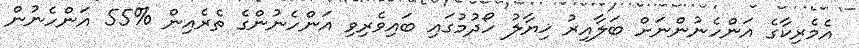
އެމެރިކާގެ އަންހެނުންނަށް ބަލާއިރު ޚިޔާލު ހޯދުމުގައި ބައިވެރިވި އަންހެނުންގެ ތެރެއިން %55 އަންހެނުން